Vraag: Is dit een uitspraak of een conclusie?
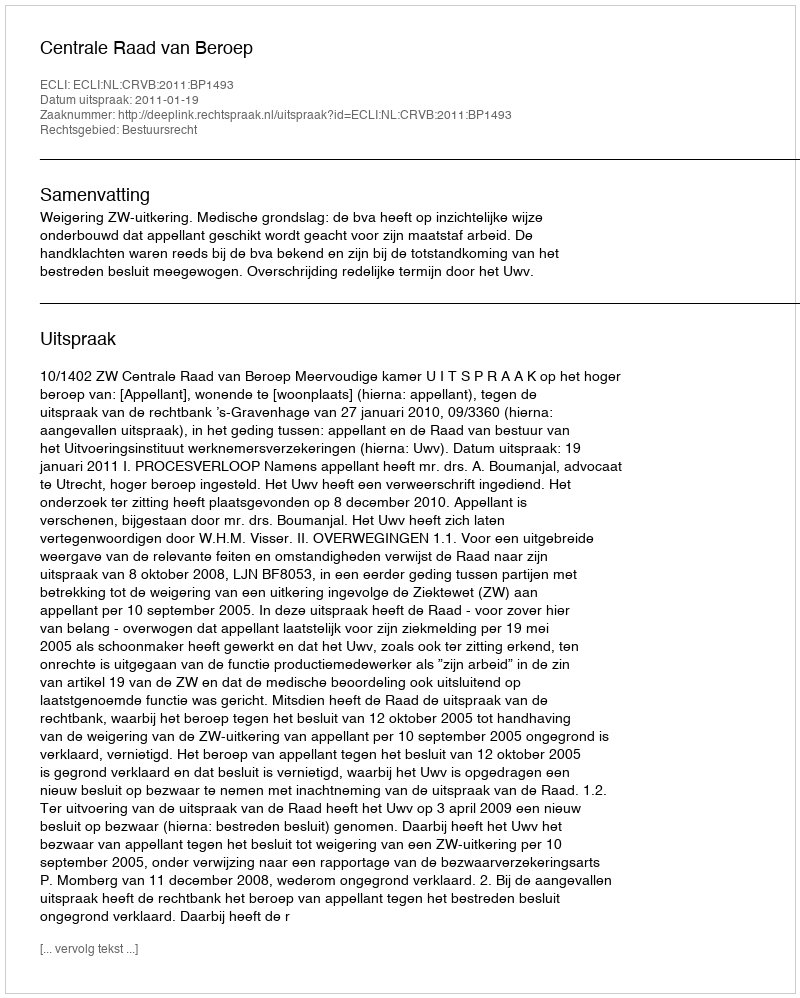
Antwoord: Uitspraak